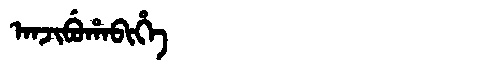
Manchu: ᠠᠨᠵᡳᠪᡠᡥᠠᠪᡳᡥᡝ
Romanization: ANJIBUHABIHE